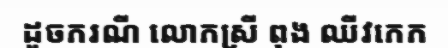
ដូចករណី លោកស្រី ពុង ឈីវកេក